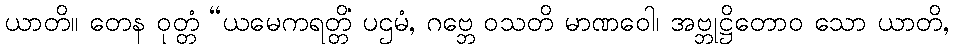
ယာတိ။ တေန ဝုတ္တံ “ယမေကရတ္တိံ ပဌမံ, ဂဗ္ဘေ ဝသတိ မာဏဝေါ၊ အဗ္ဘုဋ္ဌိတောဝ သော ယာတိ,